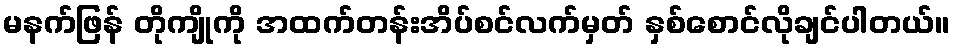
မနက်ဖြန် တိုကျိုကို အထက်တန်းအိပ်စင်လက်မှတ် နှစ်စောင်လိုချင်ပါတယ်။